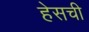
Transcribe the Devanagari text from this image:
हेसची